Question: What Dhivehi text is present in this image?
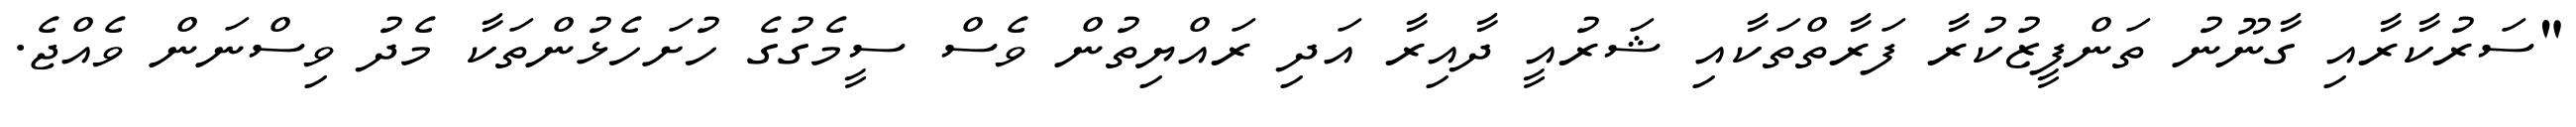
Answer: "ސަރުކާރާއި ގާނޫނު ތަންފީޒުކުރާ ފަރާތްތަކާއި ޝަރުއީ ދާއިރާ އަދި ރައްޔިތުން ވެސް ސީމެގުގެ ހުށަހެޅުންތަކާ މެދު ވިސްނަން ވެއްޖެ.